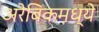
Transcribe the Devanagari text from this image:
अरेबिकमध्ये